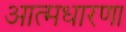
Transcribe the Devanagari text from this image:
आत्मधारणा